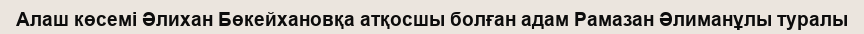
Алаш көсемі Әлихан Бөкейхановқа атқосшы болған адам Рамазан Әлиманұлы туралы